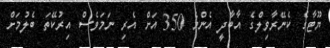
ޔޫޓާގެ ކެނޭރާވިލްގެ އާބާދީ އެންމެ 350 އަށް އެރި ނަމަވެސް އިރުކޭތަ ބެލުމަށް